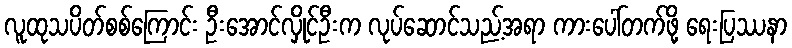
လူထုသပိတ်စစ်ကြောင်း ဦးအောင်လှိုင်ဦးက လုပ်ဆောင်သည့်အရာ ကားပေါ်တက်ဖို့ ရေးပြဿနာ